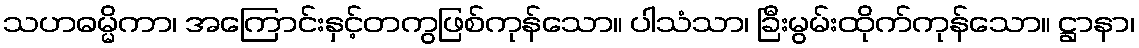
သဟဓမ္မိကာ၊ အကြောင်းနှင့်တကွဖြစ်ကုန်သော။ ပါသံသာ၊ ခြီးမွမ်းထိုက်ကုန်သော။ ဋ္ဌာနာ၊